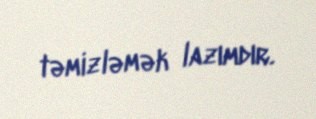
təmizləmək lazımdır.